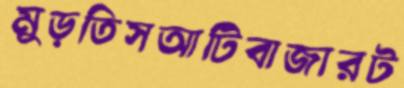
মুড়তিসআটিবাজারট